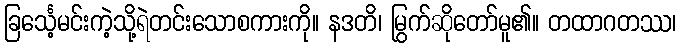
ခြင်္သေ့မင်းကဲ့သို့ရဲတင်းသောစကားကို။ နဒတိ၊ မြွက်ဆိုတော်မူ၏။ တထာဂတဿ၊